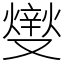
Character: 𤏻